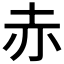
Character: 赤